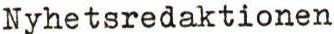
Nyhetsredaktionen